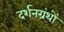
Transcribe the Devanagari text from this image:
दर्शनग्रंथों